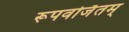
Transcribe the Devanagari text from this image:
रूपवर्जितम्